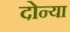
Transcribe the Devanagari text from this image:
दोन्या